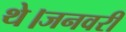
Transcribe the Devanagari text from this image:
थे।जनवरी